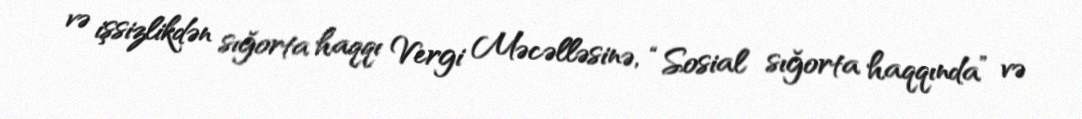
və işsizlikdən sığorta haqqı Vergi Məcəlləsinə, “Sosial sığorta haqqında” və